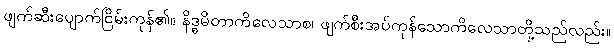
ဖျက်ဆီးပျောက်ငြိမ်းကုန်၏။ နိဒ္ဓမိတာကိလေသာစ၊ ဖျက်စီးအပ်ကုန်သောကိလေသာတို့သည်လည်း။